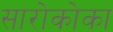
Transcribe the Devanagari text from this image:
सारोकोका